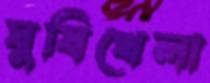
ঘুষিখেলা